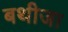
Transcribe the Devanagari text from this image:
बथीजा